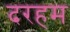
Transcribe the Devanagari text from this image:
दरहम